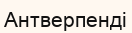
Антверпенді